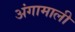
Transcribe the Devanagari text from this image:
अंगामाली